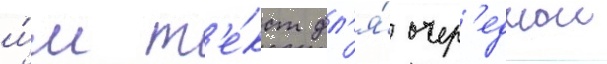
и́м т'е́кст дл'я́ очер'еднои